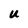
Character: U